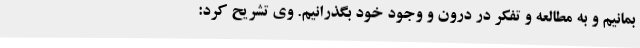
بمانیم و به مطالعه و تفکر در درون و وجود خود بگذرانیم. وی تشریح کرد: